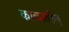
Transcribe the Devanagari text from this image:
काळातील्